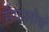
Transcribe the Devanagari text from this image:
मैफलीचं